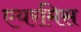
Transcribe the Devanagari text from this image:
एयरमिस